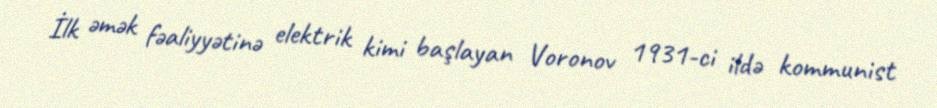
İlk əmək fəaliyyətinə elektrik kimi başlayan Voronov 1931-ci ildə kommunist